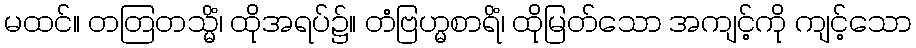
မထင်။ တတြတသ္မိံ၊ ထိုအရပ်၌။ တံဗြဟ္မစာရိံ၊ ထိုမြတ်သော အကျင့်ကို ကျင့်သော